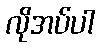
လိုအပ်ပါ